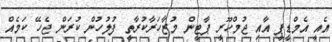
އެއީ އެމްޑީޕީ އާއި ޖުމްހޫރީ ޕާޓީން މުޒާހަރާކުރާތީ ފުލުހުން ކުރަން ޖެހޭ ކަމެއް